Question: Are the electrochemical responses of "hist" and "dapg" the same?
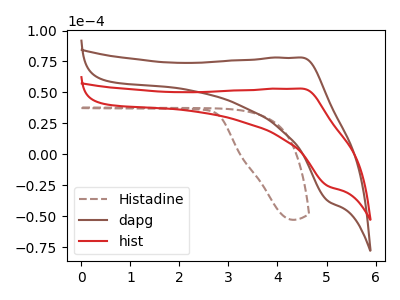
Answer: <think>The brown dashed curve "Histadine" has no peaks. The brown curve "dapg" has an anodic peak at (4.50V, 78.10uA) and a cathodic peak at (5.05V, -37.70uA). The red curve "hist" has an anodic peak at (4.50V, 53.05uA) and a cathodic peak at (5.05V, -25.60uA).
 All the peaks in "hist" have a peak in "dapg" at the same potential. Every peak in "hist" is lower than every peak in "dapg".</think>
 <answer>"hist" and "dapg" are similar in shape.</answer>
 <eval>same_shape</eval>